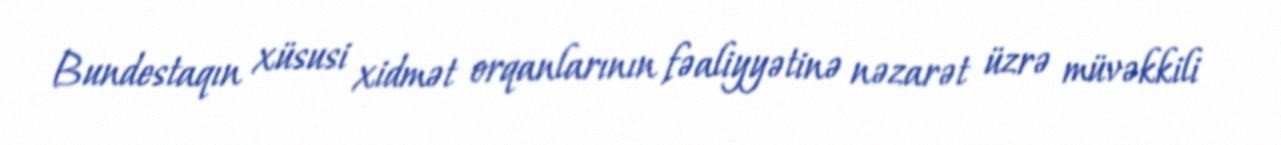
Bundestaqın xüsusi xidmət orqanlarının fəaliyyətinə nəzarət üzrə müvəkkili